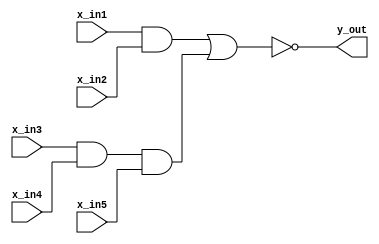
module AOI_str_1995(y_out,x_in1,x_in2,x_in3,x_in4,x_in5);
output y_out;
input x_in1,x_in2,x_in3,x_in4,x_in5;
wire y1,y2;
nor (y_out,y1,y2);
and (y1,x_in1,x_in2);
and (y2,x_in3,x_in4,x_in5);
endmodule